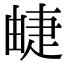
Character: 𤲣